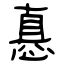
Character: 㥲